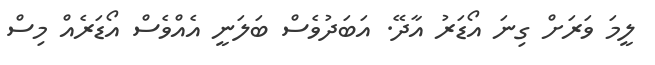
ލީމަ ވަރަށް ގިނަ އޯޑަރު އާދޭ. އަބަދުވެސް ބަލަނީ އެއްވެސް އޯޑަރެއް މިސް